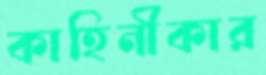
কাহিনীকার